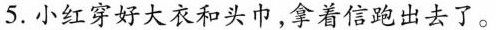
5.小红穿好大衣和头巾，拿着信跑出去了。